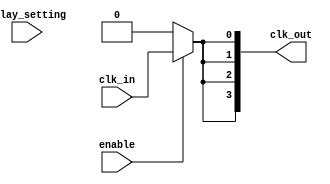
module ClockTreeBuffer (
    input wire clk_in,              // Input clock signal
    input wire enable,              // Enable signal for clock gating
    input wire [3:0] delay_setting, // Programmable delay setting
    output wire [3:0] clk_out       // Multiple output clock signals
);

    // Internal signals for delayed clock
    wire clk_delayed;
    wire clk_gated;

    // Clock Gating Logic
    assign clk_gated = enable ? clk_delayed : 1'b0;

    // Programmable Delay Logic
    // Simple delay implementation using a case statement
    always @(*) begin
        case (delay_setting)
            4'b0000: clk_delayed = clk_in; // No delay
            4'b0001: clk_delayed = #1 clk_in; // 1 time unit delay
            4'b0010: clk_delayed = #2 clk_in; // 2 time units delay
            4'b0011: clk_delayed = #3 clk_in; // 3 time units delay
            4'b0100: clk_delayed = #4 clk_in; // 4 time units delay
            4'b0101: clk_delayed = #5 clk_in; // 5 time units delay
            4'b0110: clk_delayed = #6 clk_in; // 6 time units delay
            4'b0111: clk_delayed = #7 clk_in; // 7 time units delay
            4'b1000: clk_delayed = #8 clk_in; // 8 time units delay
            4'b1001: clk_delayed = #9 clk_in; // 9 time units delay
            4'b1010: clk_delayed = #10 clk_in; // 10 time units delay
            default: clk_delayed = clk_in; // Default to no delay
        endcase
    end

    // Output clock signals
    assign clk_out[0] = clk_gated; // Output 1
    assign clk_out[1] = clk_gated; // Output 2
    assign clk_out[2] = clk_gated; // Output 3
    assign clk_out[3] = clk_gated; // Output 4

endmodule